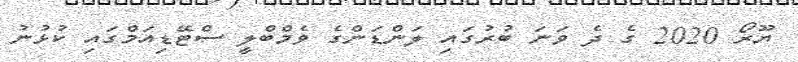
ޔޫރޯ 2020 ގެ ދެ ވަނަ ބުރުގައި ލަންޑަންގެ ވެމްބްލީ ސްޓޭޑިއަމްގައި ކުޅުނު